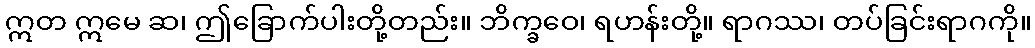
ဣတ ဣမေ ဆ၊ ဤခြောက်ပါးတို့တည်း။ ဘိက္ခဝေ၊ ရဟန်းတို့။ ရာဂဿ၊ တပ်ခြင်းရာဂကို။